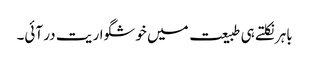
باہر نکلتے ہی طبیعت میں خوشگوار یت در آئی۔